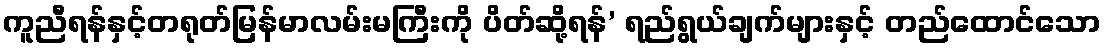
ကူညီရန်နှင့်တရုတ်မြန်မာလမ်းမကြီးကို ပိတ်ဆို့ရန်’ ရည်ရွယ်ချက်များနှင့် တည်ထောင်သော